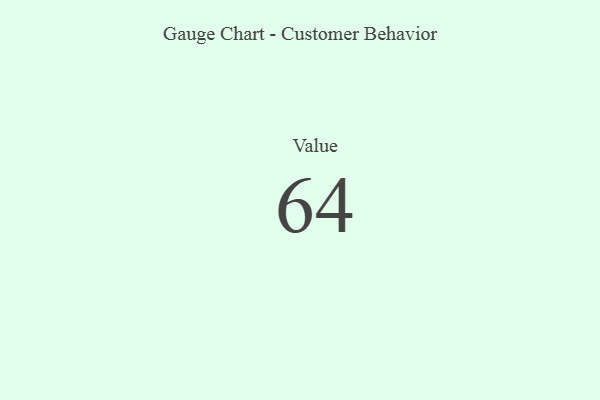
{"axis": {"x": "Metric", "y": "Value"}, "legend": [""], "data": [{"x": "Value", "y": 64, "type": ""}]}